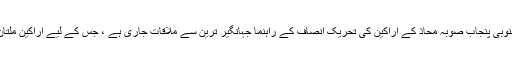
یہ بھی بتایا جارہا ہے کہ جنوبی پنجاب صوبہ محاذ کے اراکین کی تحریک انصاف کے راہنما جہانگیر ترین سے ملاقات جاری ہے ، جس کے لیے اراکین ملتان سے اسلام آباد پہنچے ہیں۔